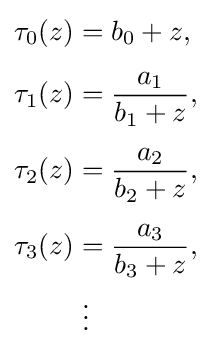
{\begin{aligned}\tau _{0}(z)&=b_{0}+z,\\[4px]\tau _{1}(z)&={\frac {a_{1}}{b_{1}+z}},\\[4px]\tau _{2}(z)&={\frac {a_{2}}{b_{2}+z}},\\[4px]\tau _{3}(z)&={\frac {a_{3}}{b_{3}+z}},\\&\;\vdots \end{aligned}}